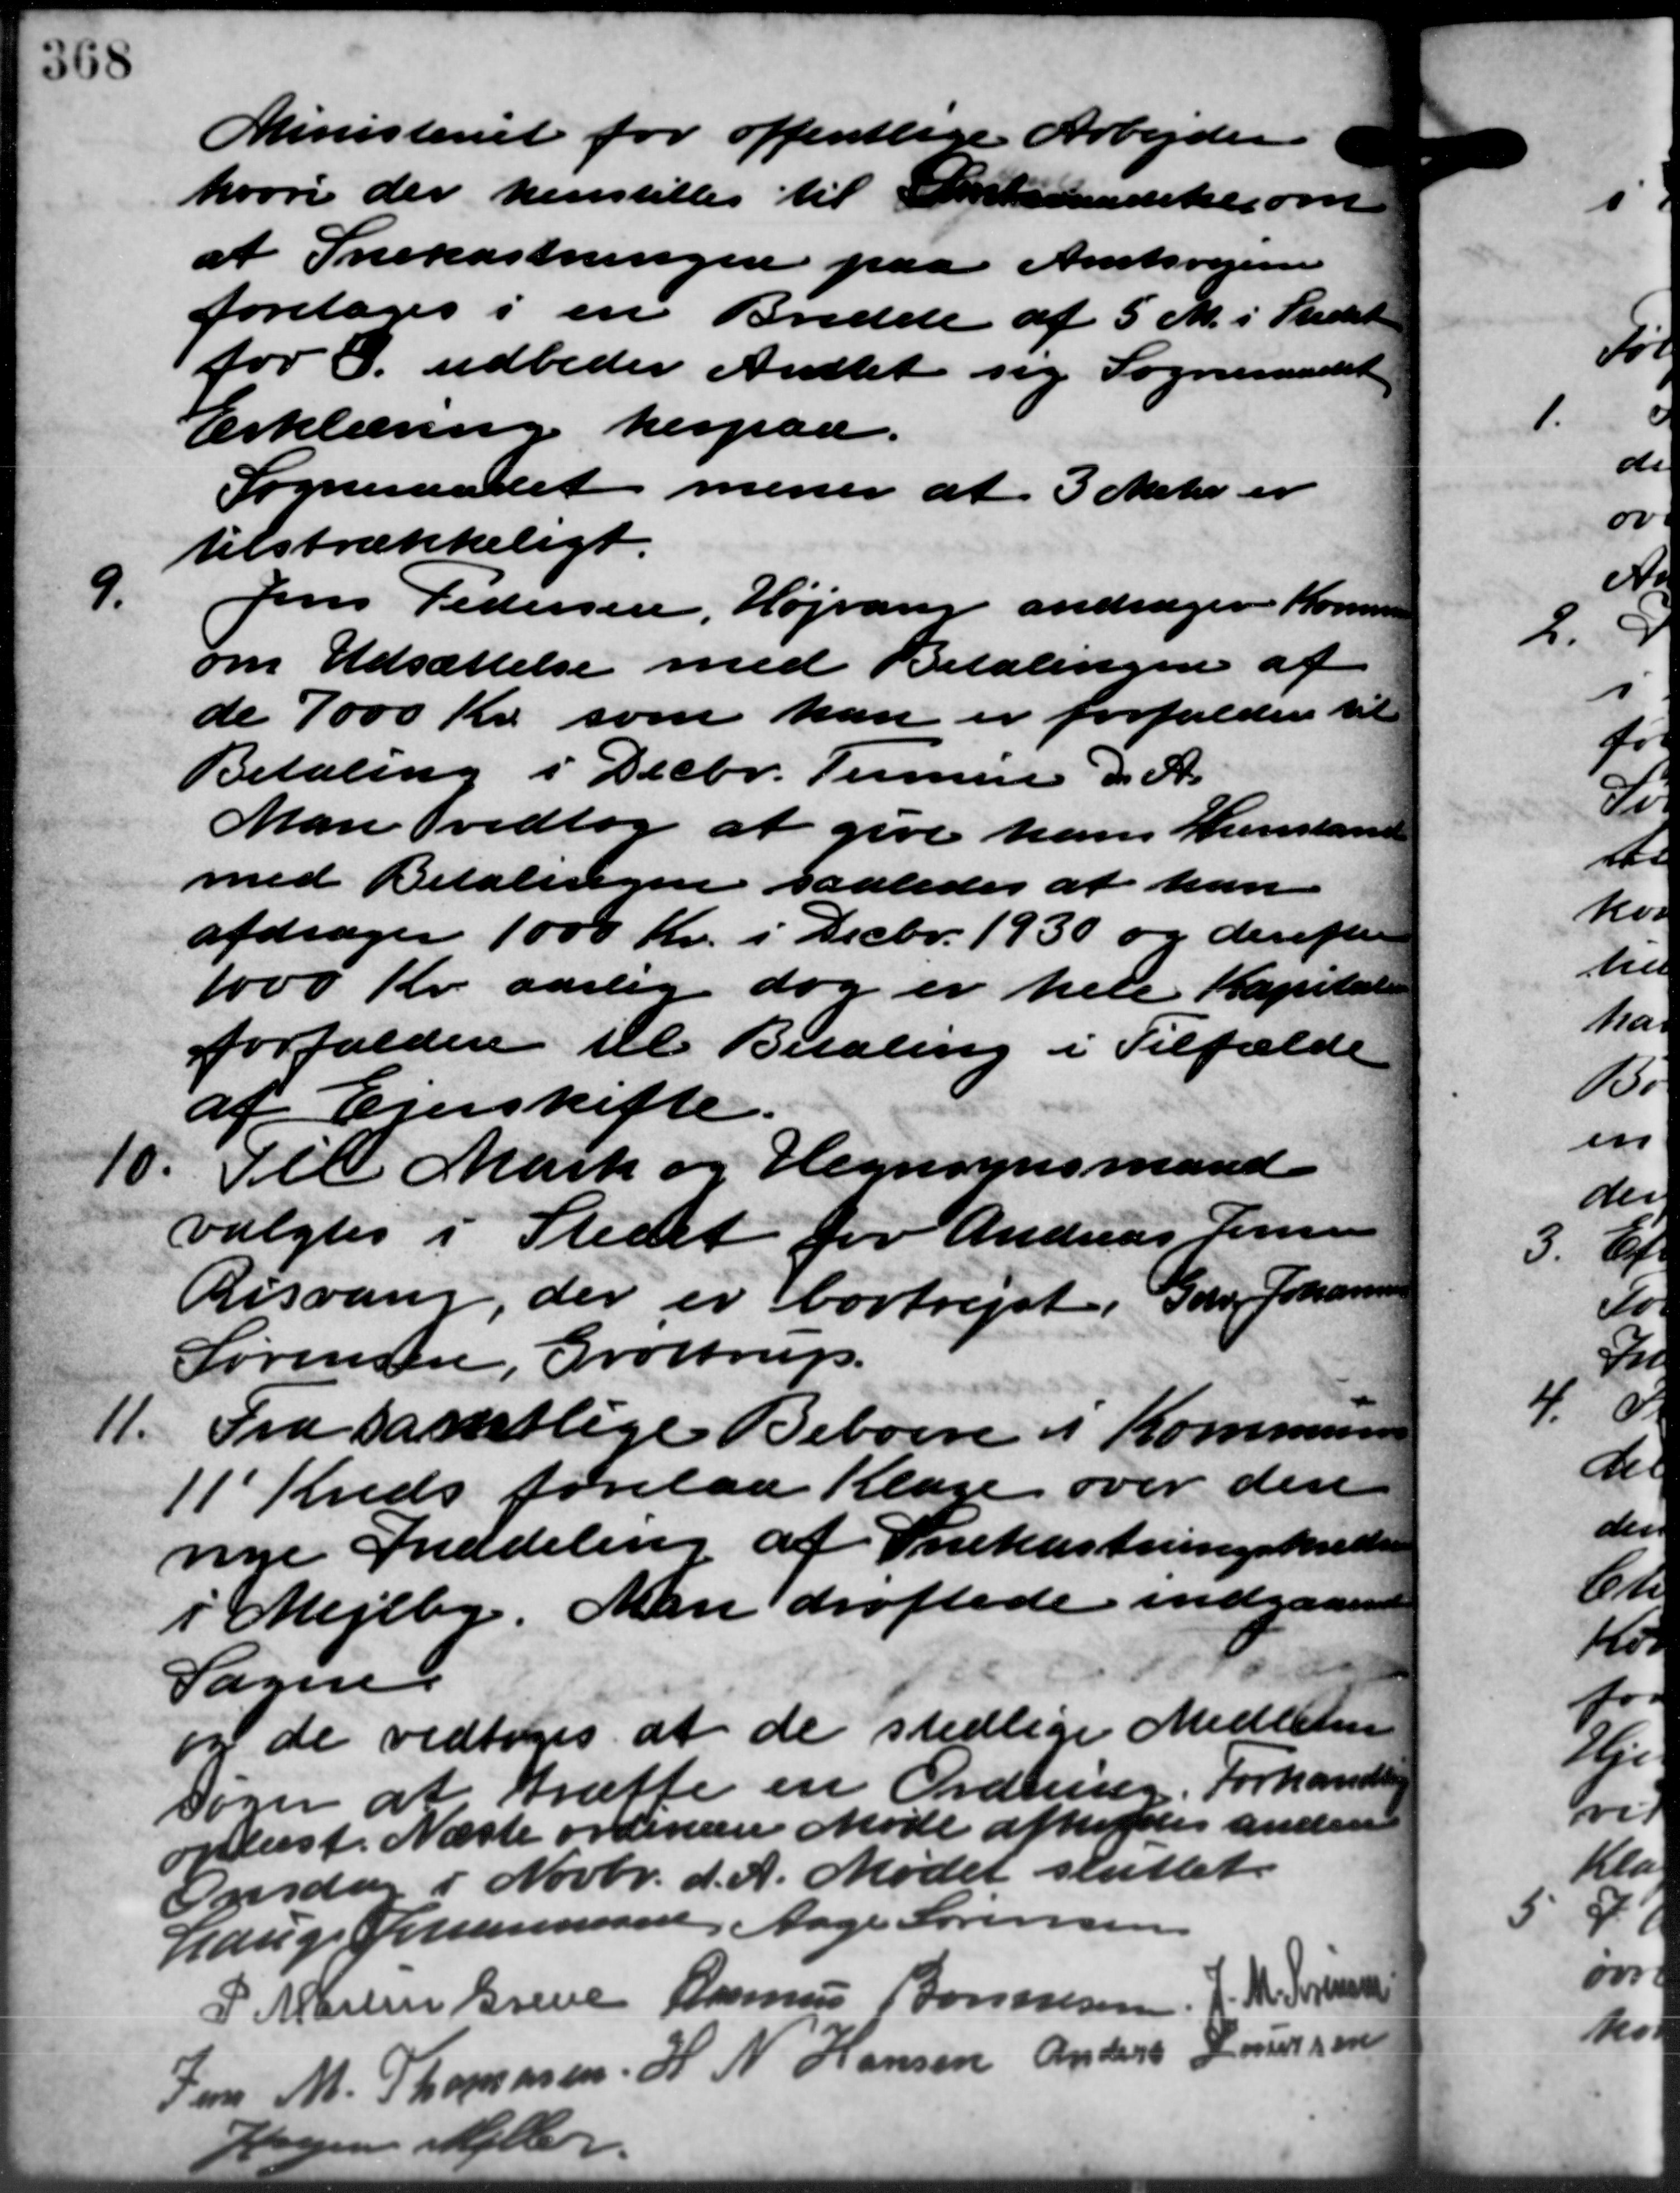
Transskription:
Ministeriet for offentlige Arbejder
hvori der henstilles til Amtsraadelse om
at Snekastningen paa Amtsvejen
foretages i en Bredde af 5 M. i Stedet
for 8. udbeder Amtet sig Sogneraadet
Erklæring herpaa.
Sogneraadet mener af 3 Meter er
tilstrækkeligt.
9.
Jens Pedersen, Højvang andrager Kommune
om Udsættelse med Betalingen af
de 7000 Kr. som kan er forfalder til
Betaling i Decbr. Termin d. A.
Man vedtog at give hans Kunstand
med Betalingen saaledes at han
afdrager 1000 Kr. i Decbr. 1930 og derefter
1000 Kr. aarlig dog er hele Kapitale
forfalder til Betaling i Tilfælde
af Ejerskifte.
10. Til Mark og Hegnsynsmand
10. Til Mark og Hegnsynsmand
valgtes i Stedet for Andreas Jensen
Risvang, der er bortrejst, Gdr. Johannesen
Sørensen, Grøttrup.
11.
Fra samtlige Beboere i Kommunen
11 Kreds forelaa Klage over den
nye Inddeling af Snekastningskreds
i Mejlby Man drøftede indgaaende
Sagen
og de vedtoges at de stedlige Medlem
Sager at træffe en Ordning. Forhandle
oplæst. Næste ordinære Møde afholdes anden
Onsdag i Novbr. d. A. Mødet sluttet.
Lauge Johannesen, Aage Sørensen
P. Martin Greve Rasmus Bonnesen, J. M. Nielsen
Jens M. Thomasen H N Hansen Anders Laursen
ogen Møller